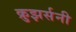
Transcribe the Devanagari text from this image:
क्रुझर्सनी